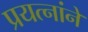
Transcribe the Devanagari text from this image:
प्रयत्नांने